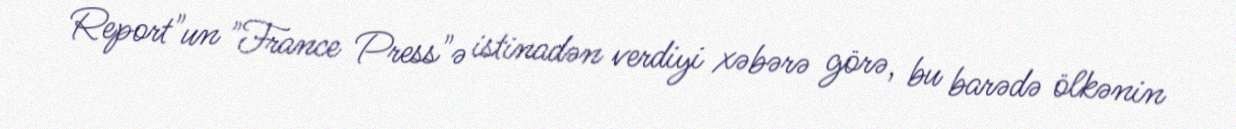
Report"un "France Press"ə istinadən verdiyi xəbərə görə, bu barədə ölkənin